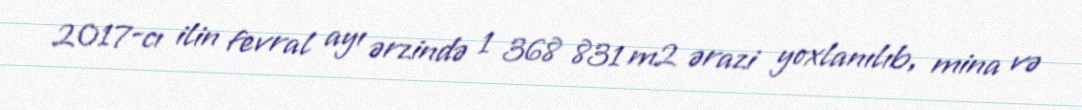
2017-cı ilin fevral ayı ərzində 1 368 831 m2 ərazi yoxlanılıb, mina və